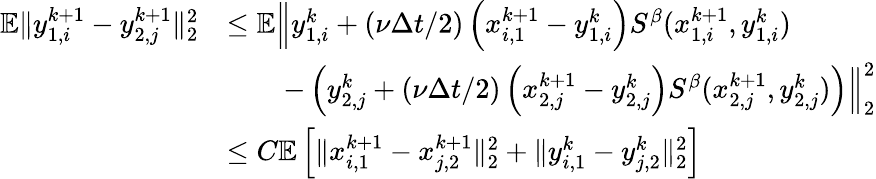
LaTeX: \begin{array}{rl}{\mathbb{E}\| y_{1,i}^{k+1}-y_{2,j}^{k+1}\| _{2}^{2}}&{\leq\mathbb{E}\Big\| y_{1,i}^{k}+(\nu\Delta t/2)\left(x_{i,1}^{k+1}-y_{1,i}^{k}\right)S^{\beta}(x_{1,i}^{k+1},y_{1,i}^{k})}\\ &{\qquad-\left(y_{2,j}^{k}+(\nu\Delta t/2)\left(x_{2,j}^{k+1}-y_{2,j}^{k}\right)S^{\beta}(x_{2,j}^{k+1},y_{2,j}^{k})\right)\Big\| _{2}^{2}}\\ &{\leq C\mathbb{E}\left[\| x_{i,1}^{k+1}-x_{j,2}^{k+1}\| _{2}^{2}+\| y_{i,1}^{k}-y_{j,2}^{k}\| _{2}^{2}\right]}\end{array}